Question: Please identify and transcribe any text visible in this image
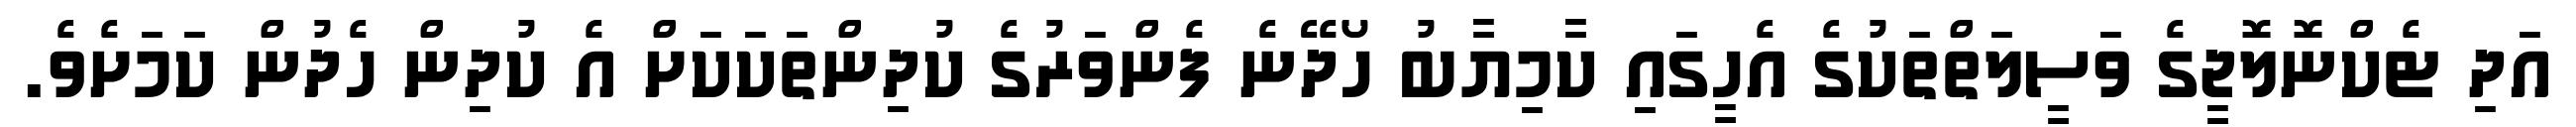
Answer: އަދި ޓެކްނޮލޮޖީގެ ވަސީލަތްތަކުގެ އެހީގައި ކާމިޔާބު ހޯދޭނެ ފެންވަރުގެ ކުދިންތަކަކަށް އެ ކުދިން ހެދުން ކަމަށެވެ.